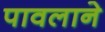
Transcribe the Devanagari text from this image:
पावलाने